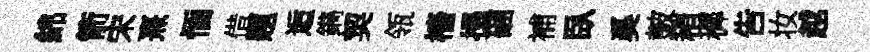
綿箭宋熹愐借題逅鐫契瓴檣搨硱補臥奚皷稍穉吿妆越